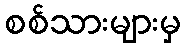
စစ်သားများမှ